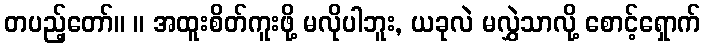
တပည့်တော်။ ။ အထူးစိတ်ကူးဖို့ မလိုပါဘူး, ယခုလဲ မလွှဲသာလို့ စောင့်ရှောက်